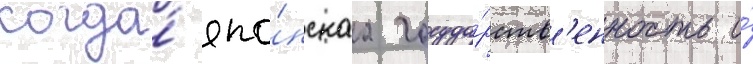
когда́ япо́нскаа госуда́рств'енность и́